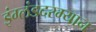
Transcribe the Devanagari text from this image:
इंग्लंडदरम्यान